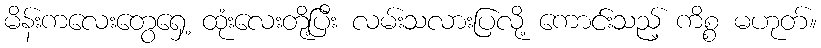
မိန်းကလေးတွေရှေ့ ထုံးလေးတို့ပြီး လမ်းသလားပြလို့ ကောင်းသည့် ကိစ္စ မဟုတ်။